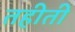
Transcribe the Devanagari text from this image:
तहीती